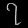
Digit: ၇